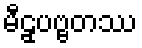
မီဠှပဗ္ဗတဿ